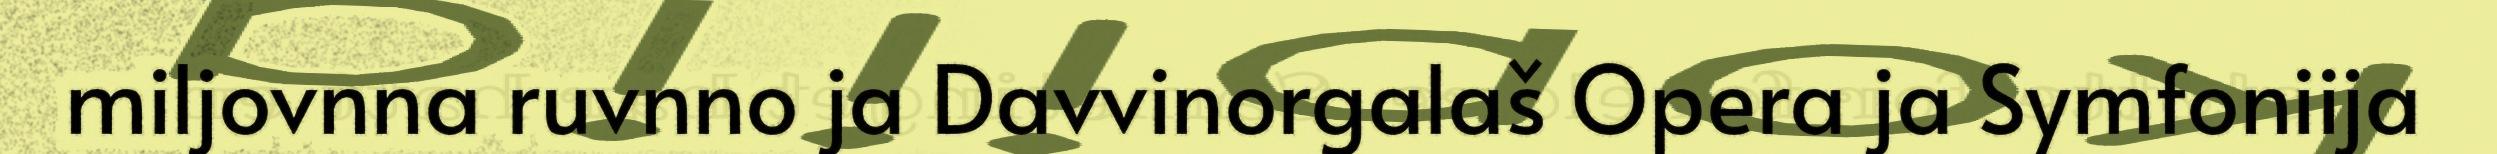
miljovnna ruvnno ja Davvinorgalaš Opera ja Symfoniija